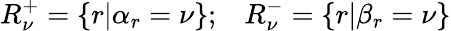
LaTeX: R_{\nu}^{+}=\{ r|\alpha_{r}=\nu\} ;\; \; \; R_{\nu}^{-}=\{ r|\beta_{r}=\nu\}